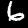
Label: 6